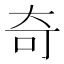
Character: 奇